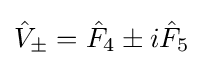
{\hat {V}}_{\pm }={\hat {F}}_{4}\pm i{\hat {F}}_{5}